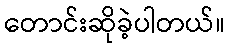
တောင်းဆိုခဲ့ပါတယ်။